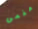
مغمى